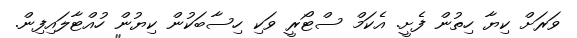
ވަރަށް ކިޔާ ހިތުން ފެށީ. އެކަމް ސްޓޯރީ ވަކި ހިސާބަކުން ކިޔުން ހުއްޓާލައިފިން.